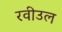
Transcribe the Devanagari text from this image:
रवीउल